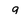
Character: 9